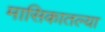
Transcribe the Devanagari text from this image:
मासिकातल्या